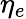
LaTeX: \eta_{e}